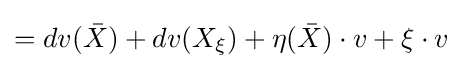
=dv({\bar {X}})+dv(X_{\xi })+\eta ({\bar {X}})\cdot v+\xi \cdot v